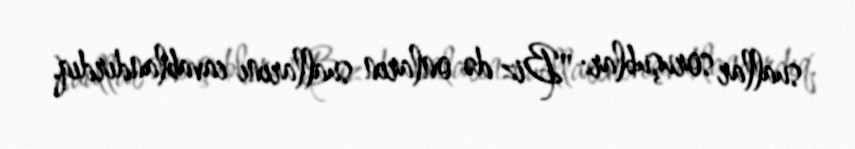
suallar soruşublar: "Biz də onların suallarını cavablandırdıq.